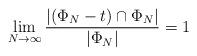
LaTeX: \begin{align*}\lim_{N \to \infty} \dfrac{|(\Phi_N - t) \cap \Phi_N|}{|\Phi_N|} = 1\end{align*}